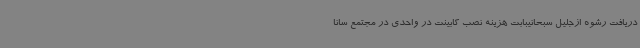
دریافت رشوه ازجلیل سبحانیبابت هزینه نصب کابینت در واحدی در مجتمع سانا